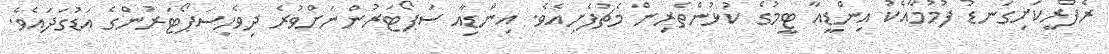
ރެފްރީކަށިގަނޑު ފުމުމާއެކު އިންޑީއާ ޓީމުގެ ކުޅުންތެރިން މެޗުފެށިއެވެ. އިންޑިއާ ސަޕޯޓަރުންނަށްވުރެ ދިވެހިސަޕޯޓަރުންގެ އަޑުގަދައެވެ.